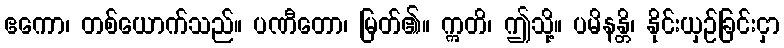
ဧကော၊ တစ်ယောက်သည်။ ပဏီတော၊ မြတ်၏။ ဣတိ၊ ဤသို့။ ပမိနန္တိ၊ နိုင်းယှဉ်ခြင်းငှာ